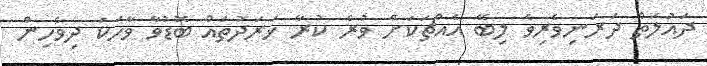
ދައުލަތް ދަރަނިވެރިވެ ލިބޭ އެއްޗަކަށް ވުރެ ކުރާ ޚަރަދުތައް ބޮޑުވާ ވާހަކަ ދިވެހިން